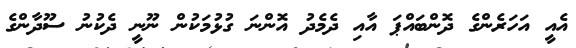
އެއީ އަހަރެންގެ ދޮންބައްޕަ އާއި ދެމެދު އޮންނަ ގުޅުމަކުން ނޫނީ ދެކުނު ސޫދާންގެ